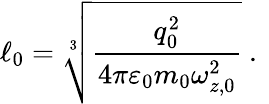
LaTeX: \ell_{0}=\sqrt[3]{\frac{q_{0}^{2}}{4\pi\varepsilon_{0}m_{0}\omega_{z,0}^{2}}}\mathrm{~.~}